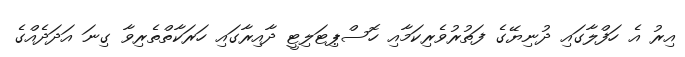
އިރު އެ ހަފްލާގައި ދުނިޔޭގެ ފަތުރުވެރިކަމާއި ހޮސްޕިޓަލިޓީ ދާއިރާގައި ހަރަކާތްތެރިވާ ގިނަ އަދަދެއްގެ